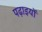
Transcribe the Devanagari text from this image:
पढ़ाइयों